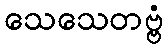
သေသေတဗ္ဗံ